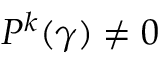
P ^ { k } ( \gamma ) \neq 0